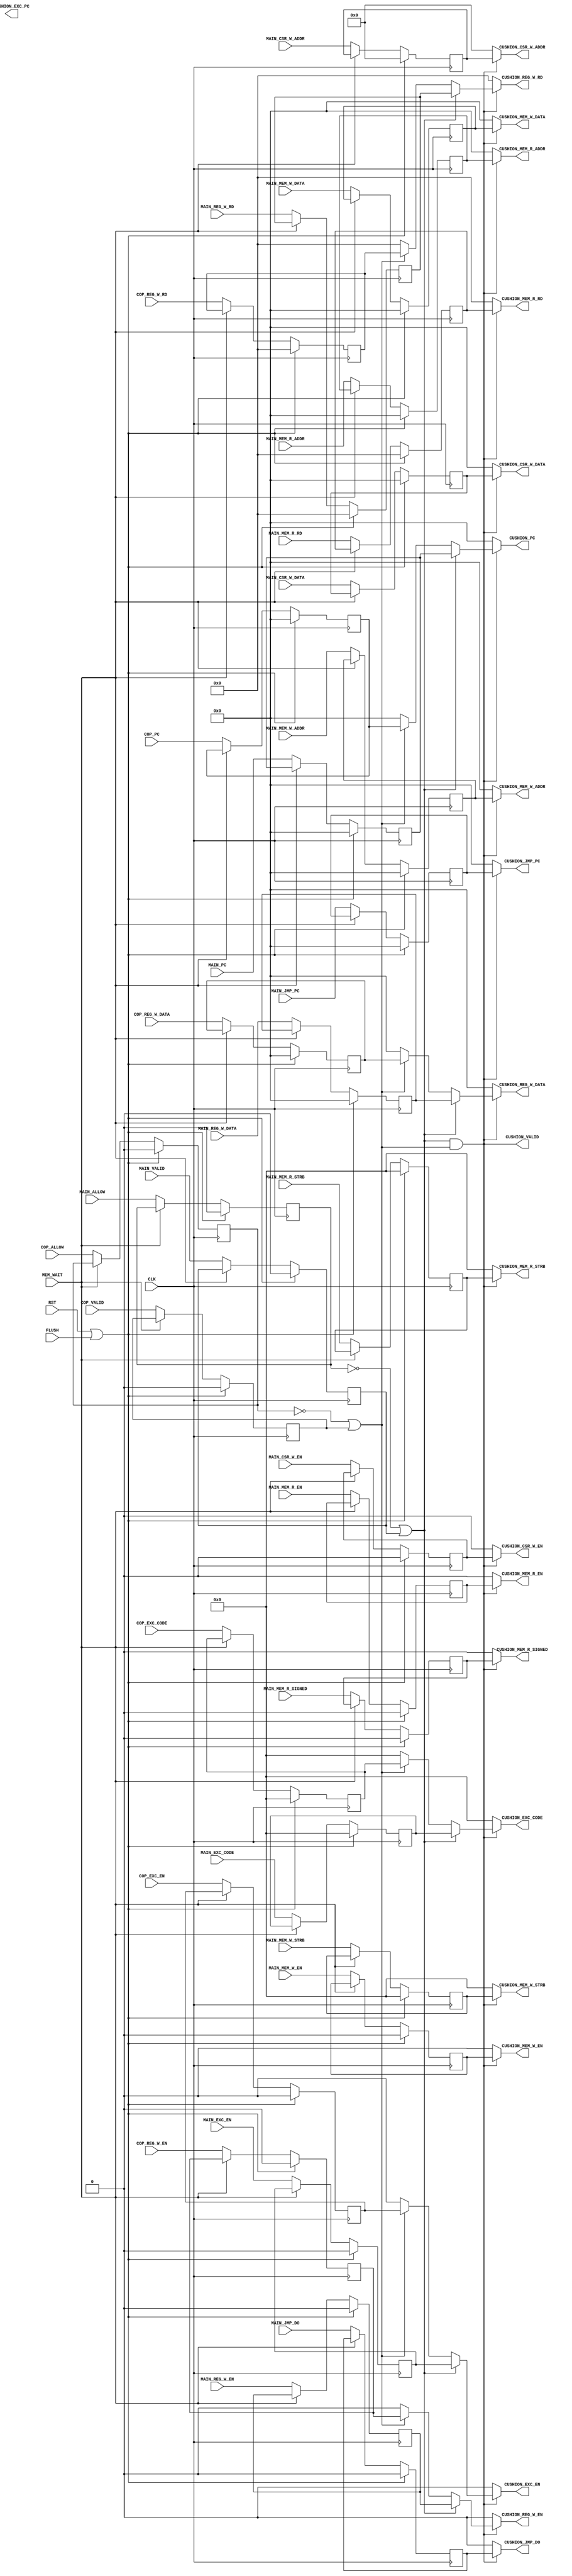
module cushion #
    (
        parameter COP_NUMS = 32'd1,
        parameter PNUMS    = COP_NUMS+1
    )
    (
        /* -----  ----- */
        // 
        input wire                      CLK,
        input wire                      RST,

        // 
        input wire                      FLUSH,
        input wire                      MEM_WAIT,

        /* -----  ----- */
        // Main
        input wire                      MAIN_ALLOW,
        input wire                      MAIN_VALID,
        input wire  [31:0]              MAIN_PC,
        input wire                      MAIN_REG_W_EN,
        input wire  [4:0]               MAIN_REG_W_RD,
        input wire  [31:0]              MAIN_REG_W_DATA,
        input wire                      MAIN_CSR_W_EN,
        input wire  [11:0]              MAIN_CSR_W_ADDR,
        input wire  [31:0]              MAIN_CSR_W_DATA,
        input wire                      MAIN_MEM_R_EN,
        input wire  [4:0]               MAIN_MEM_R_RD,
        input wire  [31:0]              MAIN_MEM_R_ADDR,
        input wire  [3:0]               MAIN_MEM_R_STRB,
        input wire                      MAIN_MEM_R_SIGNED,
        input wire                      MAIN_MEM_W_EN,
        input wire  [31:0]              MAIN_MEM_W_ADDR,
        input wire  [3:0]               MAIN_MEM_W_STRB,
        input wire  [31:0]              MAIN_MEM_W_DATA,
        input wire                      MAIN_JMP_DO,
        input wire  [31:0]              MAIN_JMP_PC,
        input wire                      MAIN_EXC_EN,
        input wire  [3:0]               MAIN_EXC_CODE,

        // Cop
        input wire  [( 1*COP_NUMS-1):0] COP_ALLOW,
        input wire  [( 1*COP_NUMS-1):0] COP_VALID,
        input wire  [(32*COP_NUMS-1):0] COP_PC,
        input wire  [( 1*COP_NUMS-1):0] COP_REG_W_EN,
        input wire  [( 5*COP_NUMS-1):0] COP_REG_W_RD,
        input wire  [(32*COP_NUMS-1):0] COP_REG_W_DATA,
        input wire  [( 1*COP_NUMS-1):0] COP_EXC_EN,
        input wire  [( 4*COP_NUMS-1):0] COP_EXC_CODE,

        /* -----  ----- */
        output wire                     CUSHION_VALID,
        output wire [31:0]              CUSHION_PC,
        output wire                     CUSHION_REG_W_EN,
        output wire [4:0]               CUSHION_REG_W_RD,
        output wire [31:0]              CUSHION_REG_W_DATA,
        output wire                     CUSHION_CSR_W_EN,
        output wire [11:0]              CUSHION_CSR_W_ADDR,
        output wire [31:0]              CUSHION_CSR_W_DATA,
        output wire                     CUSHION_MEM_R_EN,
        output wire [4:0]               CUSHION_MEM_R_RD,
        output wire [31:0]              CUSHION_MEM_R_ADDR,
        output wire [3:0]               CUSHION_MEM_R_STRB,
        output wire                     CUSHION_MEM_R_SIGNED,
        output wire                     CUSHION_MEM_W_EN,
        output wire [31:0]              CUSHION_MEM_W_ADDR,
        output wire [3:0]               CUSHION_MEM_W_STRB,
        output wire [31:0]              CUSHION_MEM_W_DATA,
        output wire                     CUSHION_JMP_DO,
        output wire [31:0]              CUSHION_JMP_PC,
        output wire                     CUSHION_EXC_EN,
        output wire [3:0]               CUSHION_EXC_CODE,
        output wire [31:0]              CUSHION_EXC_PC
    );

    /* -----  ----- */
    // A (main stream)
    reg                     main_allow, main_valid;
    reg                     main_reg_w_en, main_csr_w_en, main_mem_r_en, main_mem_r_signed, main_mem_w_en;
    reg                     main_jmp_do, main_exc_en;
    reg [31:0]              main_pc, main_reg_w_data, main_csr_w_data, main_mem_r_addr, main_mem_w_addr, main_mem_w_data, main_jmp_pc;
    reg [11:0]              main_csr_w_addr;
    reg [4:0]               main_reg_w_rd, main_mem_r_rd;
    reg [3:0]               main_mem_r_strb, main_mem_w_strb, main_exc_code;

    // B (cop)
    reg [( 1*COP_NUMS-1):0] cop_allow, cop_valid, cop_reg_w_en, cop_exc_en;
    reg [(32*COP_NUMS-1):0] cop_pc, cop_reg_w_data;
    reg [( 5*COP_NUMS-1):0] cop_reg_w_rd;
    reg [( 4*COP_NUMS-1):0] cop_exc_code;

    always @ (posedge CLK) begin
        if (RST || FLUSH) begin
            main_allow <= 1'b0;
            main_valid <= 1'b0;
            main_pc <= 32'b0;
            main_reg_w_en <= 1'b0;
            main_reg_w_rd <= 5'b0;
            main_reg_w_data <= 32'b0;
            main_csr_w_en <= 1'b0;
            main_csr_w_addr <= 12'b0;
            main_csr_w_data <= 32'b0;
            main_mem_r_en <= 1'b0;
            main_mem_r_rd <= 5'b0;
            main_mem_r_addr <= 32'b0;
            main_mem_r_strb <= 4'b0;
            main_mem_r_signed <= 1'b0;
            main_mem_w_en <= 1'b0;
            main_mem_w_addr <= 32'b0;
            main_mem_w_strb <= 4'b0;
            main_mem_w_data <= 32'b0;
            main_jmp_do <= 1'b0;
            main_jmp_pc <= 32'b0;
            main_exc_en <= 1'b0;
            main_exc_code <= 4'b0;
            cop_allow <= 'b0;
            cop_valid <= 'b0;
            cop_pc <= 'b0;
            cop_reg_w_en <= 'b0;
            cop_reg_w_rd <= 'b0;
            cop_reg_w_data <= 'b0;
            cop_exc_en <= 'b0;
            cop_exc_code <= 'b0;
        end
        else if (MEM_WAIT) begin
            // do nothing
        end
        else begin
            main_allow <= MAIN_ALLOW;
            main_valid <= MAIN_VALID;
            main_pc <= MAIN_PC;
            main_reg_w_en <= MAIN_REG_W_EN;
            main_reg_w_rd <= MAIN_REG_W_RD;
            main_reg_w_data <= MAIN_REG_W_DATA;
            main_csr_w_en <= MAIN_CSR_W_EN;
            main_csr_w_addr <= MAIN_CSR_W_ADDR;
            main_csr_w_data <= MAIN_CSR_W_DATA;
            main_mem_r_en <= MAIN_MEM_R_EN;
            main_mem_r_rd <= MAIN_MEM_R_RD;
            main_mem_r_addr <= MAIN_MEM_R_ADDR;
            main_mem_r_strb <= MAIN_MEM_R_STRB;
            main_mem_r_signed <= MAIN_MEM_R_SIGNED;
            main_mem_w_en <= MAIN_MEM_W_EN;
            main_mem_w_addr <= MAIN_MEM_W_ADDR;
            main_mem_w_strb <= MAIN_MEM_W_STRB;
            main_mem_w_data <= MAIN_MEM_W_DATA;
            main_jmp_do <= MAIN_JMP_DO;
            main_jmp_pc <= MAIN_JMP_PC;
            main_exc_en <= MAIN_EXC_EN;
            main_exc_code <= MAIN_EXC_CODE;
            cop_allow <= COP_ALLOW;
            cop_valid <= COP_VALID;
            cop_pc <= COP_PC;
            cop_reg_w_en <= COP_REG_W_EN;
            cop_reg_w_rd <= COP_REG_W_RD;
            cop_reg_w_data <= COP_REG_W_DATA;
            cop_exc_en <= COP_EXC_EN;
            cop_exc_code <= COP_EXC_CODE;
        end
    end

    /* -----  ----- */
    wire main_ok = !main_allow || main_valid;
    wire cop_ok = !cop_allow || cop_valid;
    wire ok   = main_ok && cop_ok;

    wire [31:0] merge_pc         = main_ok ? main_pc :
                                  (cop_ok ? cop_pc : 32'b0);
    wire        merge_reg_w_en   = main_ok ? main_reg_w_en :
                                  (cop_ok ? cop_reg_w_en : 1'b0);
    wire [4:0]  merge_reg_w_rd   = main_ok ? main_reg_w_rd :
                                  (cop_ok ? cop_reg_w_rd : 5'b0);
    wire [31:0] merge_reg_w_data = main_ok ? main_reg_w_data :
                                  (cop_ok ? cop_reg_w_data : 32'b0);
    wire        merge_exc_en     = main_ok ? main_exc_en :
                                  (cop_ok ? cop_exc_en : 1'b0);
    wire [4:0]  merge_exc_code   = main_ok ? main_exc_code :
                                  (cop_ok ? cop_exc_code : 5'b0);

    assign CUSHION_VALID         = ok;
    assign CUSHION_PC            = ok ? merge_pc : 32'b0;
    assign CUSHION_REG_W_EN      = ok ? merge_reg_w_en : 1'b0;
    assign CUSHION_REG_W_RD      = ok ? merge_reg_w_rd : 5'b0;
    assign CUSHION_REG_W_DATA    = ok ? merge_reg_w_data : 32'b0;
    assign CUSHION_CSR_W_EN      = ok ? main_csr_w_en : 1'b0;
    assign CUSHION_CSR_W_ADDR    = ok ? main_csr_w_addr : 12'b0;
    assign CUSHION_CSR_W_DATA    = ok ? main_csr_w_data : 32'b0;
    assign CUSHION_MEM_R_EN      = ok ? main_mem_r_en : 1'b0;
    assign CUSHION_MEM_R_RD      = ok ? main_mem_r_rd : 5'b0;
    assign CUSHION_MEM_R_ADDR    = ok ? main_mem_r_addr : 32'b0;
    assign CUSHION_MEM_R_STRB    = ok ? main_mem_r_strb : 4'b0;
    assign CUSHION_MEM_R_SIGNED  = ok ? main_mem_r_signed : 1'b0;
    assign CUSHION_MEM_W_EN      = ok ? main_mem_w_en : 1'b0;
    assign CUSHION_MEM_W_ADDR    = ok ? main_mem_w_addr : 32'b0;
    assign CUSHION_MEM_W_STRB    = ok ? main_mem_w_strb : 4'b0;
    assign CUSHION_MEM_W_DATA    = ok ? main_mem_w_data : 32'b0;
    assign CUSHION_JMP_DO        = ok ? main_jmp_do : 1'b0;
    assign CUSHION_JMP_PC        = ok ? main_jmp_pc : 32'b0;
    assign CUSHION_EXC_EN        = ok ? merge_exc_en : 1'b0;
    assign CUSHION_EXC_CODE      = ok ? merge_exc_code : 4'b0;

endmodule